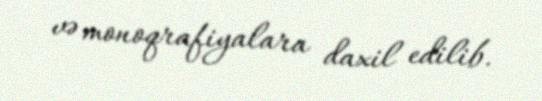
və monoqrafiyalara daxil edilib.